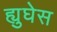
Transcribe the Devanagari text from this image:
ह्युघेस